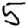
Digit: 5